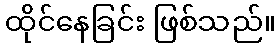
ထိုင်နေခြင်း ဖြစ်သည်။